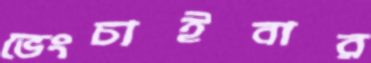
ভেংচাইবার